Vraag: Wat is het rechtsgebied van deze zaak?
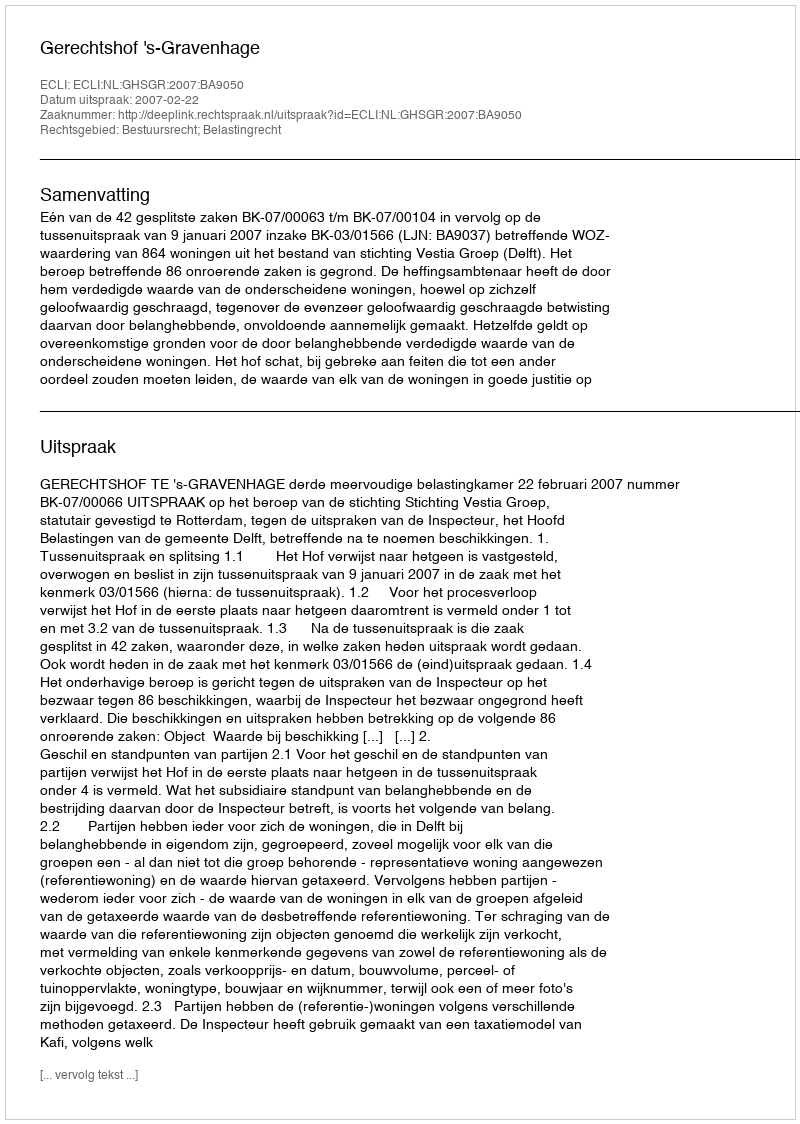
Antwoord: Bestuursrecht; Belastingrecht